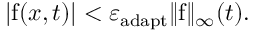
\lvert \mathrm { f } ( \boldsymbol { x } , t ) \rvert < \varepsilon _ { \mathrm { a d a p t } } \lVert \mathrm { f } \rVert _ { \infty } ( t ) .